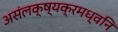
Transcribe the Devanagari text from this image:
असंलक्ष्यक्रमध्वनि